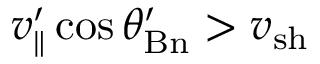
v _ { \parallel } ^ { \prime } \cos \theta _ { \mathrm { B n } } ^ { \prime } > v _ { \mathrm { s h } }